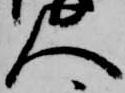
人